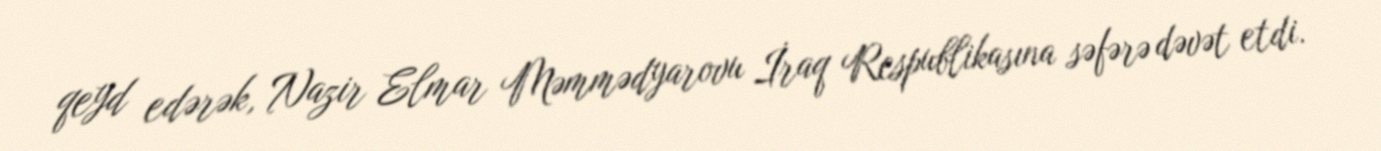
qeyd edərək, Nazir Elmar Məmmədyarovu İraq Respublikasına səfərə dəvət etdi.